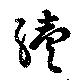
続